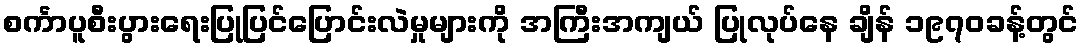
စင်္ကာပူစီးပွားရေးပြုပြင်ပြောင်းလဲမှုများကို အကြီးအကျယ် ပြုလုပ်နေ ချိန် ၁၉၇၀ခန့်တွင်